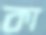
কা